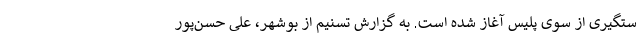
ستگیری از سوی پلیس آغاز شده است. به گزارش تسنیم از بوشهر، علی حسن‌‌پور